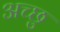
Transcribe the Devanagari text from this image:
अच्छु